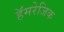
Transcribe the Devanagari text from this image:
हॅमरेजिक